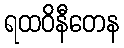
ရထဝိနီတေန